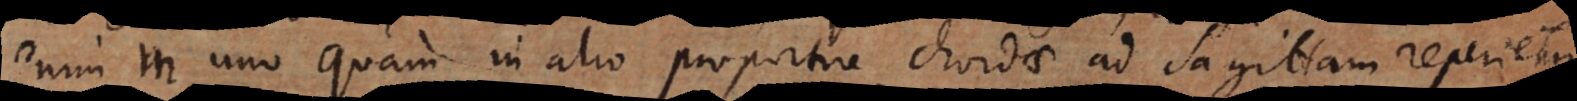
enim in uno quam in alio proportio chordae ad sagittam reperietur.